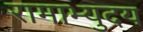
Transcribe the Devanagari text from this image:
रामाभ्युदय